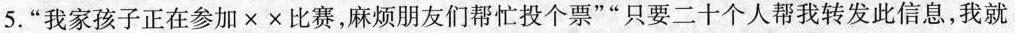
5.”我家孩子正在参加××比赛，麻烦朋友们帮忙投个票””只要二十个人帮我转发此信息，我就